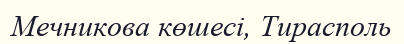
Мечникова көшесі, Тирасполь